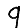
Digit: 9